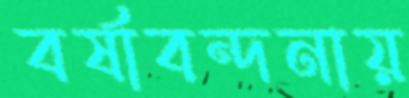
বর্ষাবন্দনায়